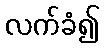
လက်ခံ၍